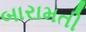
બારામતી